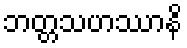
ဘတ္တသဟဿာနိ